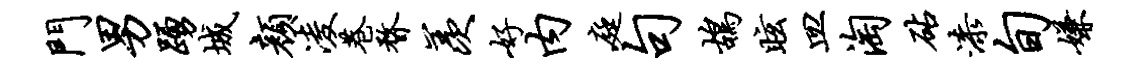
门男踊城颜凌巷瞀羡好内庭句鸪眩皿淘砧漆旬嫌